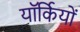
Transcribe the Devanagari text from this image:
यॉर्कियों